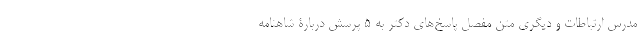
مدرس ارتباطات و دیگری متن مفصل پاسخ‌های دکتر به 5 پرسش دربارۀ شاهنامه